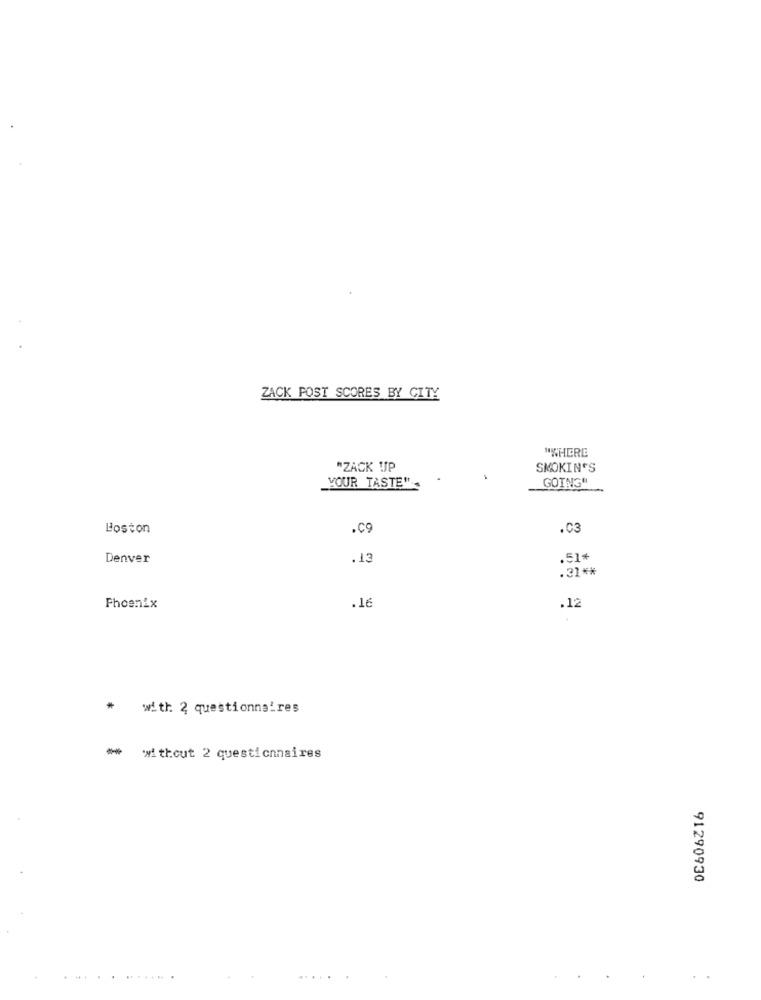
ZACK POST SCORES BY CITY
"WHERE
"ZACK UP
SMOKINGS
YOUR TASTE"
GOING"
Boston
.Co
.03
Denver
.13
.51%
.31 **
.12
Phoenix
.16
* with 2 questionnaires
*** without 2 questionnaires
91290930
..........